King Institute of Preventive Medicine Micro-Biological Section reports 1909-11
Year: 1909
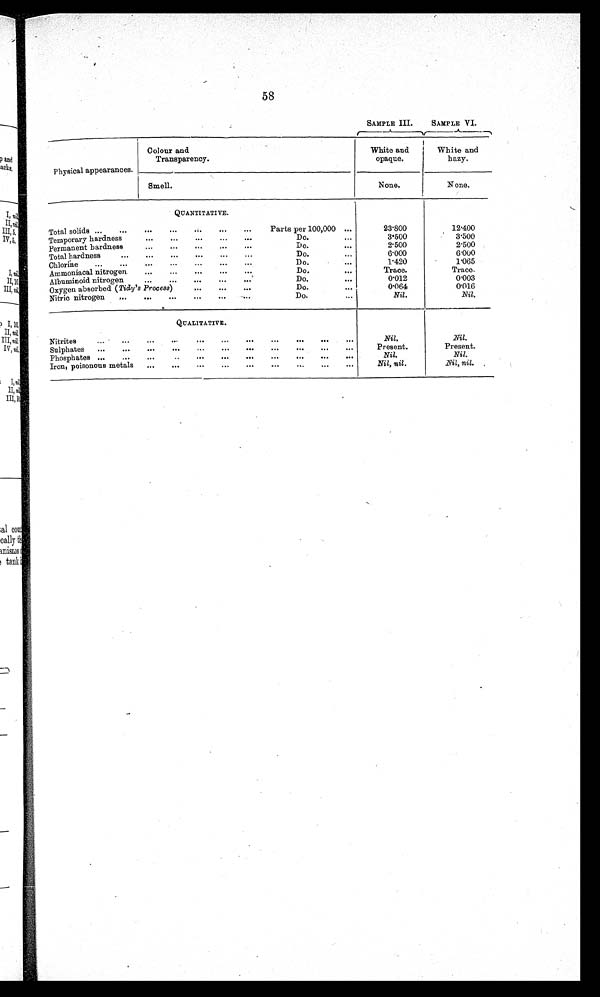
58
SAMPLE III.
SAMPLE VI.
Physical appearances.
Colour and
Transparency.
White and
opaque.
White and
hazy.
Smell.
None.
None.
QUANTITATIVE.
Total solids ... ...
... ...
. "
Parts per 100,000 ...
23.800
12.400
Temporary hardness
Do. . . .
3.500
3.500
Permanent hardness
...
Do. ...
2.500
2.500
Total hardness
...
. . . . . .
Do...
..
6.000
6.000
Chlorine
...
...
...
...
...
Do. ...
1.420
1.065
Ammoniacal nitrogen
... ...
...
Do....
Trace.
T r a c e .
Albuminoid nitrogen
...
...
...
Do. ...
0.012
0.003
Oxygen absorbed ( Tidy's Process) ... ...
...
Do. ...
0.064
0 . 0 1 6
Nitric nitrogen
...
...
...
...
... ..
Do.
N i l .
Nil.
QUALITATIVE.
Nitrites....
...
...
. . .
Nil.
Nil.
Sulphates
...
...
...
... ...
...
. . .
. . .
Present.
Present.
Phosphates ...
... ...
...
...
...
...
...
..
Nil.
Nil.
Iron, poisonous metals
...
...
...
...
...
...
Nil, nil.
Nil, nil.